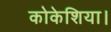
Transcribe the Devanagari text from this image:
कोकेशिया।